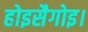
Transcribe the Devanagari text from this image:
होइसैगोइ।